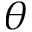
\theta